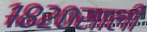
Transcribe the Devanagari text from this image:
१८२०साली